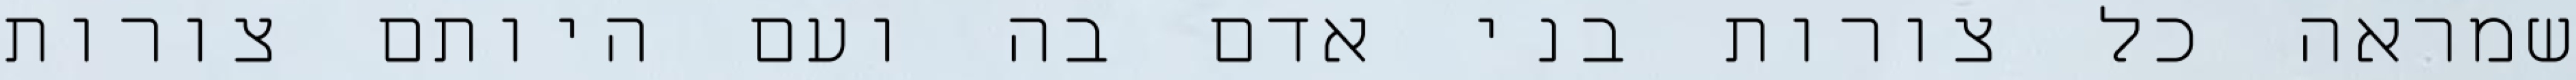
שמראה כל צורות בני אדם בה ועם היותם צורות